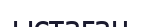
ыстаған